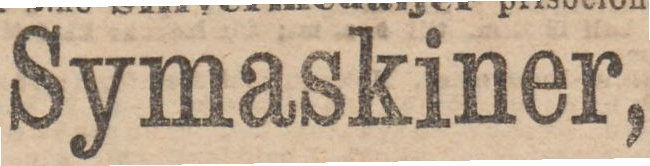
Symaskiner,